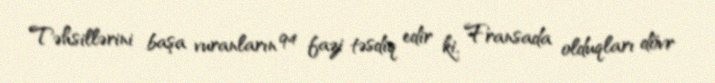
Təhsillərini başa vuranların 94 fazi təsdiq edir ki, Fransada olduqları dövr